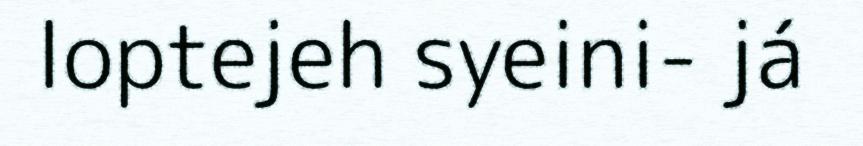
loptejeh syeini- já